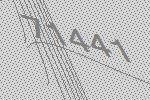
71441